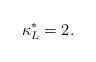
LaTeX: \begin{align*}\kappa^*_L=2.\end{align*}